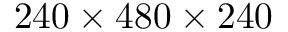
2 4 0 \times 4 8 0 \times 2 4 0